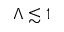
\Lambda \lesssim 1